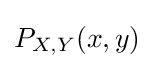
P_{X,Y}(x,y)